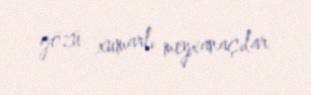
gözü xumarlı meyxanaçılar.